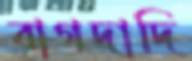
বাগদাদি